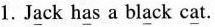
1.J\underline{a}ck h\underline{a}s a bl\underline{a}ck c\underline{a}t.